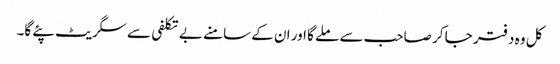
کل وہ دفتر جا کر صاحب سے ملے گا اور ان کے سامنے بے تکلفی سے سگریٹ پئے گا۔